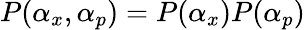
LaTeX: P(\alpha_{x},\alpha_{p})=P(\alpha_{x})P(\alpha_{p})